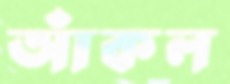
আঁকল